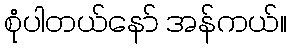
စုံပါတယ်နော် အန်ကယ်။